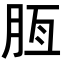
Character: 𦚹